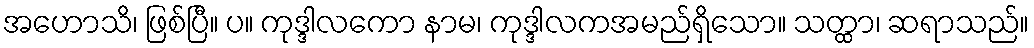
အဟောသိ၊ ဖြစ်ပြီ။ ပ။ ကုဒ္ဒါလကော နာမ၊ ကုဒ္ဒါလကအမည်ရှိသော။ သတ္ထာ၊ ဆရာသည်။